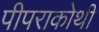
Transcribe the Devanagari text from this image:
पीपराकोथी